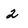
Character: 2